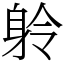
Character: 䠲